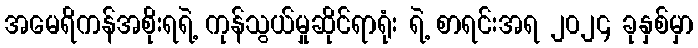
အမေရိကန်အစိုးရရဲ့ ကုန်သွယ်မှုဆိုင်ရာရုံး ရဲ့ စာရင်းအရ ၂၀၂၄ ခုနှစ်မှာ